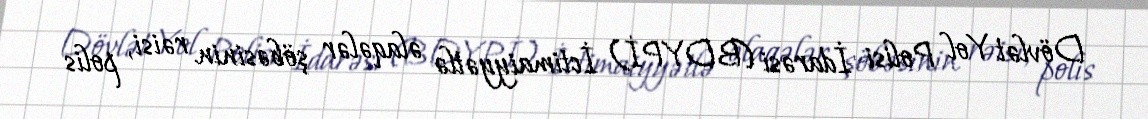
Dövlət Yol Polisi İdarəsi (BDYPİ) İctimaiyyətlə əlaqələr şöbəsinin rəisi, polis